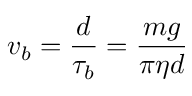
v _ { b } = \frac { d } { \tau _ { b } } = \frac { m g } { \pi \eta d }